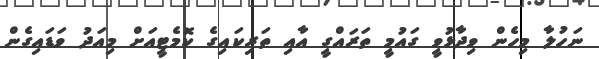
ނަހުލާ މިހެން ވިދާޅުވީ ގައުމީ ތަރައްގީ އާއި ތަރިކައިގެ ކޮމެޓީއަށް މިއަދު ވަޑައިގެން